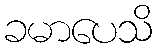
ခမာပေသိ